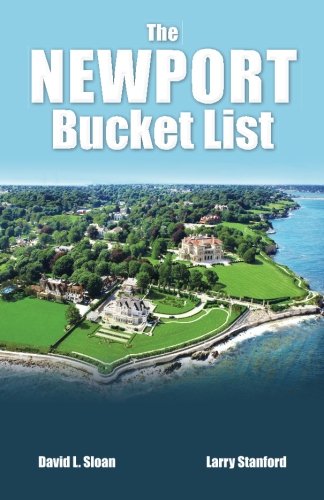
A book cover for The Newport Bucket List: 100 ways to have a real Rhode Island experience.; Larry Stanford; Travel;